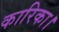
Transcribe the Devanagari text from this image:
कारिका।